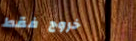
خروج فقط